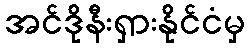
အင်ဒိုနီးရှားနိုင်ငံမှ